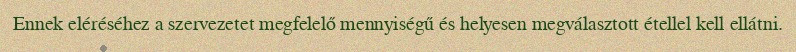
Ennek eléréséhez a szervezetet megfelelő mennyiségű és helyesen megválasztott étellel kell ellátni.